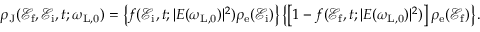
\begin{array} { r } { \rho _ { \mathrm { J } } ( \mathcal { E } _ { \mathrm { f } } , \mathcal { E } _ { \mathrm { i } } , t ; \omega _ { \mathrm { L , 0 } } ) = \left\{ f ( \mathcal { E } _ { \mathrm { i } } , t ; | E ( \omega _ { \mathrm { L , 0 } } ) | ^ { 2 } ) \rho _ { \mathrm { e } } ( \mathcal { E } _ { \mathrm { i } } ) \right\} \left\{ \left[ 1 - f ( \mathcal { E } _ { \mathrm { f } } , t ; | E ( \omega _ { \mathrm { L , 0 } } ) | ^ { 2 } ) \right] \rho _ { \mathrm { e } } ( \mathcal { E } _ { \mathrm { f } } ) \right\} . } \end{array}